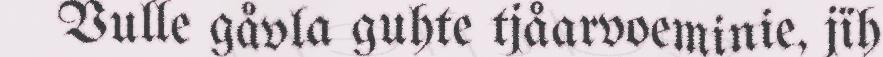
Vulle gåvla guhte tjåarvoeminie, jïh